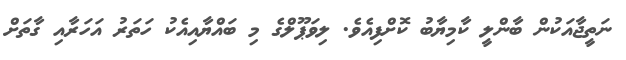
ނަތީޖާއަކުން ބާންލީ ކާމިޔާބު ކޮށްފިއެވެ. ލިވަޕޫލްގެ މި ބައްޔާއިއެކު ހަތަރު އަހަރާއި ގާތަށް